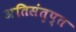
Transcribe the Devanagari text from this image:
अतिसंतृप्त